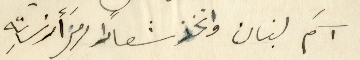
آسمَ لبنان واتخذ شعارًا رمز أرزتهِ